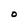
Character: O